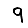
Digit: 9